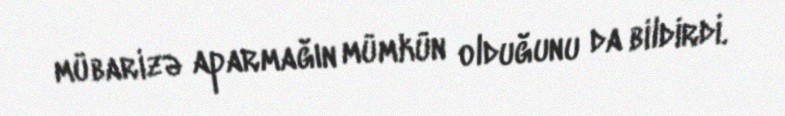
mübarizə aparmağın mümkün olduğunu da bildirdi.